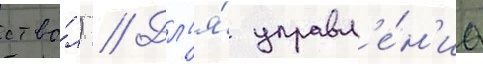
ство́л) // Дл'я́ управл'е́н'иа